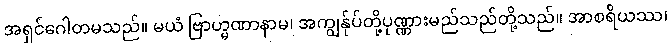
အရှင်ဂေါတမသည်။ မယံ ဗြာဟ္မဏာနာမ၊ အကျွန်ုပ်တို့ပုဏ္ဏားမည်သည်တို့သည်။ အာစရိယဿ၊